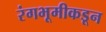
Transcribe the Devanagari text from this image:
रंगभूमीकडून